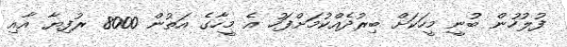
ފުލުހުން ބުނީ މީހަކަށް ބިރުދެއްކުމަށްފަހު އެ މީހާގެ އަތުން 8000 ރުފިޔާ އާއި